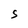
Character: S